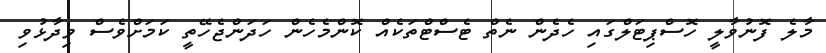
މާލެ ފޮނުވާލީ ހޮސްޕިޓަލްގައި ހެދެން ނެތް ޓެސްޓްތަކެއް ކޮންމެހެން ހަދަންޖެހޭތީ ކަމަށްވެސް ވިދާޅުވި